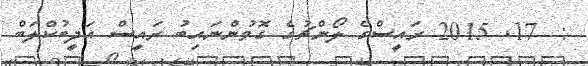
:  17